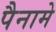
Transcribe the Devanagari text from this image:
पैनामे